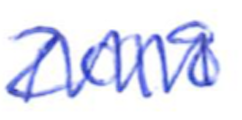
Text: 2018
Cross-out: mix
Writing tool: ballpoint